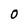
Character: 0